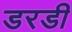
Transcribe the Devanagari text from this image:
डरडी